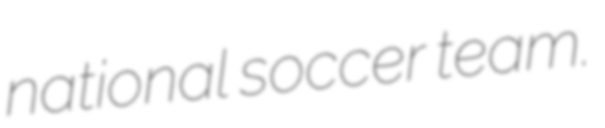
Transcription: national soccer team.